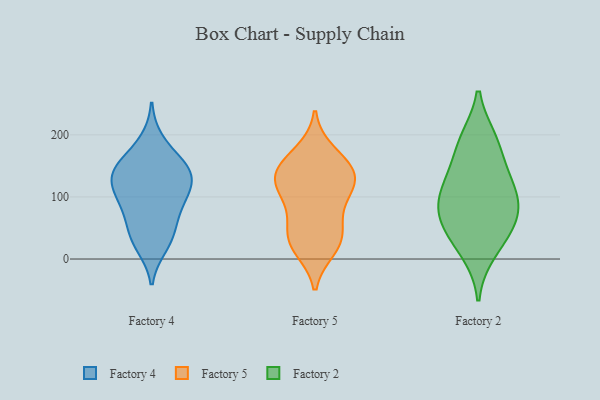
{"axis": {"x": "Page Views", "y": "Value"}, "legend": ["Factory 2", "Factory 4", "Factory 5"], "data": [{"x": "", "y": 190, "type": "Factory 4"}, {"x": "", "y": 31, "type": "Factory 4"}, {"x": "", "y": 116, "type": "Factory 4"}, {"x": "", "y": 138, "type": "Factory 4"}, {"x": "", "y": 132, "type": "Factory 4"}, {"x": "", "y": 85, "type": "Factory 4"}, {"x": "", "y": 105, "type": "Factory 4"}, {"x": "", "y": 40, "type": "Factory 4"}, {"x": "", "y": 150, "type": "Factory 4"}, {"x": "", "y": 148, "type": "Factory 4"}, {"x": "", "y": 87, "type": "Factory 4"}, {"x": "", "y": 156, "type": "Factory 4"}, {"x": "", "y": 21, "type": "Factory 4"}, {"x": "", "y": 63, "type": "Factory 4"}, {"x": "", "y": 122, "type": "Factory 4"}, {"x": "", "y": 61, "type": "Factory 5"}, {"x": "", "y": 17, "type": "Factory 5"}, {"x": "", "y": 133, "type": "Factory 5"}, {"x": "", "y": 126, "type": "Factory 5"}, {"x": "", "y": 133, "type": "Factory 5"}, {"x": "", "y": 172, "type": "Factory 5"}, {"x": "", "y": 93, "type": "Factory 5"}, {"x": "", "y": 142, "type": "Factory 5"}, {"x": "", "y": 127, "type": "Factory 5"}, {"x": "", "y": 23, "type": "Factory 5"}, {"x": "", "y": 99, "type": "Factory 5"}, {"x": "", "y": 36, "type": "Factory 5"}, {"x": "", "y": 36, "type": "Factory 5"}, {"x": "", "y": 159, "type": "Factory 5"}, {"x": "", "y": 120, "type": "Factory 2"}, {"x": "", "y": 12, "type": "Factory 2"}, {"x": "", "y": 95, "type": "Factory 2"}, {"x": "", "y": 191, "type": "Factory 2"}, {"x": "", "y": 49, "type": "Factory 2"}, {"x": "", "y": 137, "type": "Factory 2"}, {"x": "", "y": 186, "type": "Factory 2"}, {"x": "", "y": 95, "type": "Factory 2"}, {"x": "", "y": 73, "type": "Factory 2"}, {"x": "", "y": 49, "type": "Factory 2"}]}